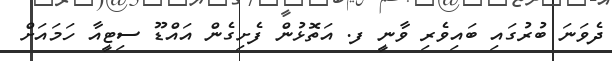
ދެވަނަ ބުރުގައި ބައިވެރި ވާނީ ފ. އަތޮޅުން ފެށިގެން އައްޑޫ ސިޓީއާ ހަމައަށް